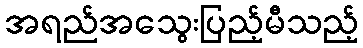
အရည်အသွေးပြည့်မီသည့်